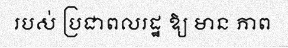
របស់ ប្រជាពលរដ្ឋ ឱ្យ មាន ភាព